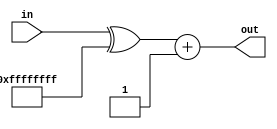
module complementer (
    input [31:0]in,
    output [31:0]out
);

wire [31:0]notout;
assign notout=in^32'b11111111111111111111111111111111;
assign out=notout+1;
    
endmodule